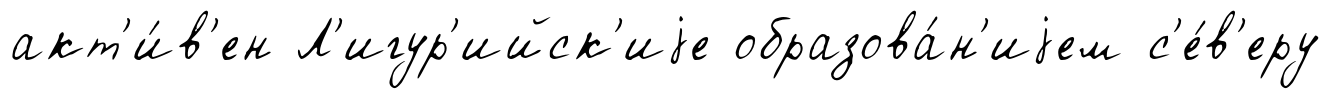
акт'и́в'ен Л'игур'ийск'иjе образова́н'иjем с'е́в'еру